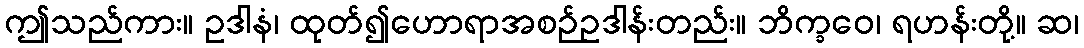
ဤသည်ကား။ ဥဒါနံ၊ ထုတ်၍ဟောရာအစဉ်ဥဒါန်းတည်း။ ဘိက္ခဝေ၊ ရဟန်းတို့။ ဆ၊